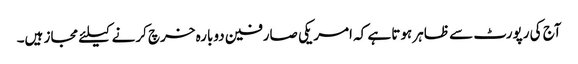
آج کی رپورٹ سے ظاہر ہوتا ہے کہ امریکی صارفین دوبارہ خرچ کرنے کیلئے مجاز ہیں۔